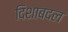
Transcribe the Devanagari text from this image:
दिशाबदल